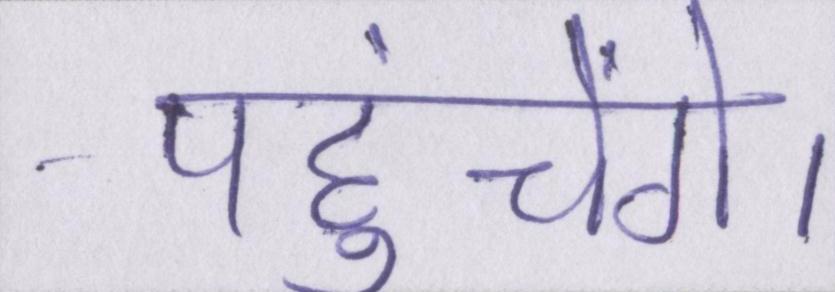
पहुंचेंगे।